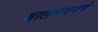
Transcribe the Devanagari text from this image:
बालभवनचे